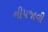
નીપજાવી